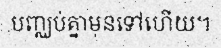
បញ្ឈប់គ្នាមុនទៅហើយ។